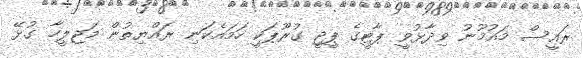
ރައީސް މައުމޫނު ވިދާޅުވީ ޕާޓީގެ ޕީޖީ ގުރޫޕަކީ ހަމައެކަނި ރައްޔިތުން މަޖިލީހާ ގުޅޭ